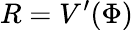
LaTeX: R=V^{\prime}(\Phi)